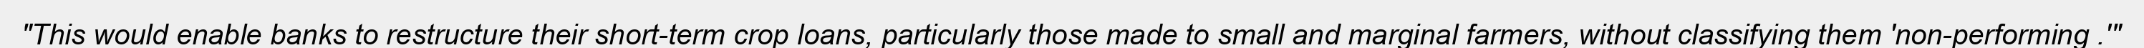
"This would enable banks to restructure their short-term crop loans, particularly those made to small and marginal farmers, without classifying them 'non-performing .'"